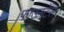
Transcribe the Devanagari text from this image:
फाउनटेंस